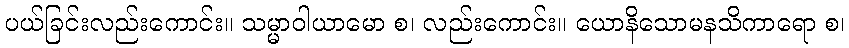
ပယ်ခြင်းလည်းကောင်း။ သမ္မာဝါယာမော စ၊ လည်းကောင်း။ ယောနိသောမနသိကာရော စ၊